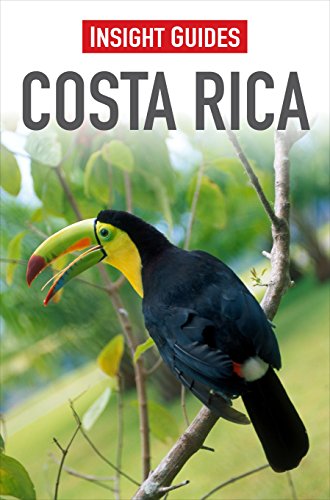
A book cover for Costa Rica (Insight Guides); Dorothy MacKinnon; Travel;